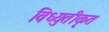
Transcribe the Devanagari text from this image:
विध्युतीकृत